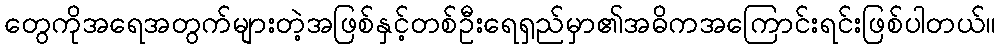
တွေကိုအရေအတွက်များတဲ့အဖြစ်နှင့်တစ်ဦးရေရှည်မှာ၏အဓိကအကြောင်းရင်းဖြစ်ပါတယ်။